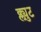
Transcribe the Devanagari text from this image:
क्ल्युट